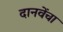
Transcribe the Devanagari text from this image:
दानवेंचा